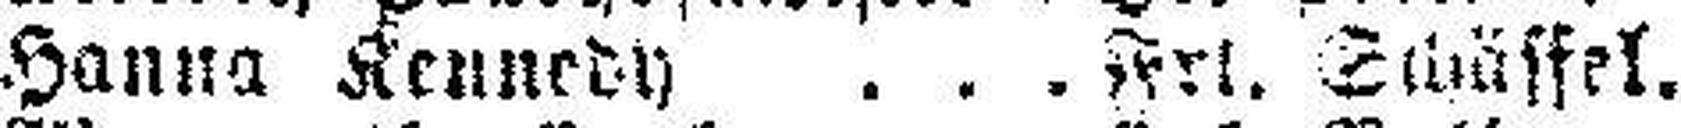
Hanna Kennedy Frl. Schäffel.